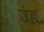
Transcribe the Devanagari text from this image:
उंह